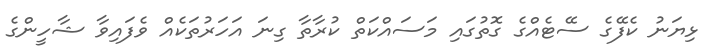
ޅިޔަނު ކެފޭގެ ސޭޓެއްގެ ގޮތުގައި މަސައްކަތް ކުރާތާ ގިނަ އަހަރުތަކެއް ވެފައިވާ ޝާހީންގެ